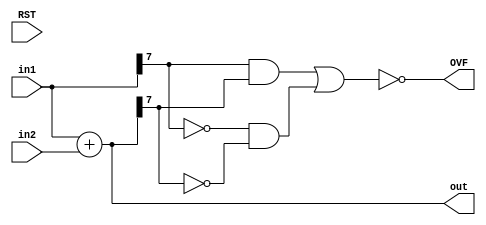
`timescale 1ns / 1ps
//////////////////////////////////////////////////////////////////////////////////
// Company: 
// Engineer: 
// 
// Design Name: 
// Module Name: FixedAdder
// Project Name: 
// Target Devices: 
// Tool Versions: 
// Description: 
// 
// Dependencies: 
// 
// Revision:
// Revision 0.01 - File Created
// Additional Comments:
// 
//////////////////////////////////////////////////////////////////////////////////
`define maxWI (WI1>WI2 ? (WI1): (WI2))
`define maxWF (WF1>WF2 ? (WF1): (WF2))

module ADDER_FIXED_POINT 
    #(parameter WI1 = 4, WF1 = 4,
    WI2 = 4, WF2 = 4,
    WIO = 4, WFO = 4,
    W1 = WI1+WF1,
    W2 = WI2+WF2,
    WO=WIO+WFO)
    (input RST,
    input signed [W1-1:0] in1,
    input signed [W2-1:0] in2,
    output reg signed [WO-1:0] out,
    output reg OVF
);
    reg signed [`maxWI+`maxWF+1:0] tempOut;
    reg signed [`maxWI-1:0] in1I;
    reg signed [`maxWF-1:0] in1F;
    reg signed [`maxWI+`maxWF-1:0] in1A;
    
    reg signed [`maxWI-1:0] in2I;
    reg signed [`maxWF-1:0] in2F;
    reg signed [`maxWI+`maxWF-1:0] in2A;
    
    reg signed [`maxWI+`maxWF:0] sumA;
//    reg signed [`maxWI:0] sumI;
//    reg signed [`maxWF:0] sumF;

    reg signed [`maxWI:0] sumAI;
    reg signed [`maxWF-1:0] sumAF;

    reg signed [`maxWI-WIO:0] tmp;
    reg signed [WIO-1:0] tempI;
    reg signed [WFO-1:0] tempF;

    always@(*) begin
        in1I = WI1==WI2 ? in1[W1-1:WF1] : WI1 > WI2 ? in1[W1-1:WF1] : WI1 < WI2  ? {{(WI2-WI1){in1[W1-1]}},in1[W1-1:WF1]} : in1[W1-1:WF1];
        in2I = WI1==WI2 ? in2[W2-1:WF2] : WI1 > WI2 ? {{(WI1-WI2){in2[W2-1]}},in2[W2-1:WF2]} : WI1 < WI2  ? in2[W2-1:WF2] : in2[W2-1:WF2];
        in1F = WF1==WF2 ? in1[WF1-1:0] : WF1 > WF2 ? in1[WF1-1:0] : WF1 <WF2 ? {in1[WF1-1:0],{(WF2-WF1){1'b0}}}  : in1[WF1-1:0];
        in2F = WF1==WF2 ? in2[WF2-1:0] : WF1 > WF2 ? {in2[WF2-1:0], {(WF1-WF2){1'b0}}} : WF1 <WF2 ? in2[WF2-1:0]  : in2[WF2-1:0];
        
        in1A = {in1I,in1F};
        in2A = {in2I,in2F};
        
        sumA = in1A + in2A;
        
        {sumAI,sumAF} = sumA;
        
        tempI = (WIO>`maxWI) ? {{(WIO-`maxWI){sumAI[`maxWI]}},sumAI[`maxWI:0]} : (WIO==`maxWI) ? sumAI[`maxWI:0] : (WIO<`maxWI+1) ? {sumAI[`maxWI], sumAI[WIO-2:0]} : sumAI[`maxWI:0];
        tempF = (WFO>`maxWF) ? {sumAF[`maxWF-1:0],{(WFO-`maxWF){1'b0}}} : (WFO==`maxWF) ? sumAF[`maxWF-1:0] : (WFO<`maxWF) ? sumAF[`maxWF-1:`maxWF-WFO] : sumAF[`maxWF-1:0];
        out = {tempI, tempF};
        // (sign in1& sign in2 &~sign out) | (~sign in1 &  ~sign in2 & sign out)
        OVF = (WIO>`maxWI+1) ? 0 
        : (WIO==`maxWI+1) ? (in1A[`maxWI+`maxWF-1] & in2A[`maxWI+`maxWF-1] & ~out[WO-1]) | (~in1A[`maxWI+`maxWF-1] &  ~in2A[`maxWI+`maxWF-1] & out[WO-1]) 
        : (WIO<`maxWI+1) ? ~((in1I[`maxWI-1] & (&sumAI[`maxWI-1:WIO-1])) | (~in1I[`maxWI-1] & ~(|sumAI[`maxWI-1:WIO-1])))
        : 0;
    end
endmodule